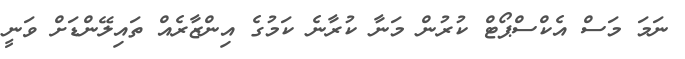
ނަމަ މަސް އެކްސްޕޯޓް ކުރުން މަނާ ކުރާނެ ކަމުގެ އިންޒާރެއް ތައިލޭންޑަށް ވަނީ